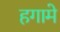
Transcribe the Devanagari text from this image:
हगामे